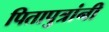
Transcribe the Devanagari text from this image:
पितापुत्रांनी